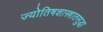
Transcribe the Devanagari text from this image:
ज्योतिषशास्त्रातसुद्धा